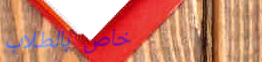
خاص بالطلاب